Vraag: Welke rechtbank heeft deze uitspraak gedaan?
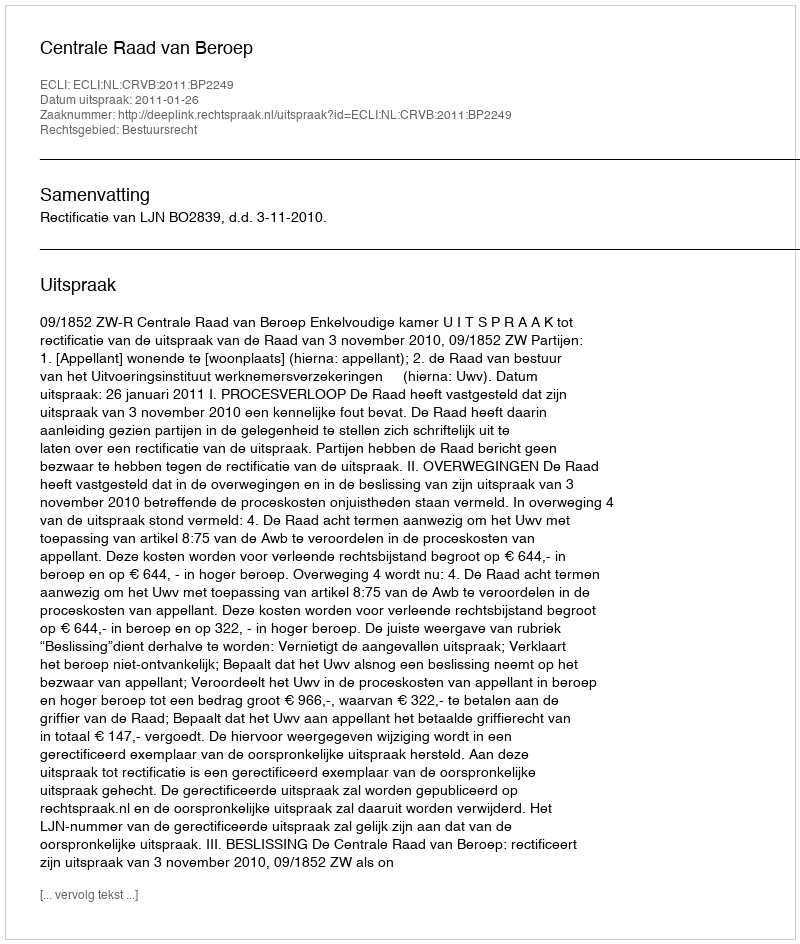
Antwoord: Centrale Raad van Beroep